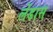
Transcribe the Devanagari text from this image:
लेंडास